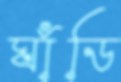
ঘাঁডি